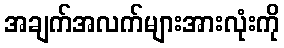
အချက်အလက်များအားလုံးကို